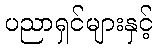
ပညာရှင်များနှင့်